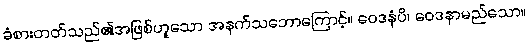
ခံစားတတ်သည်၏အဖြစ်ဟူသော အနက်သဘောကြောင့်။ ဝေဒနံပိ၊ ဝေဒနာမည်သော။